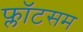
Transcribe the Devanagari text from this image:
फ्लॉटसम